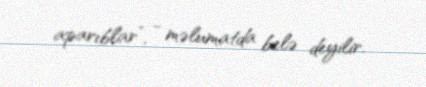
aparıblar”, - məlumatda belə deyilir.